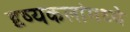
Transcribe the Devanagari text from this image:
दृष्यकलांमध्ये